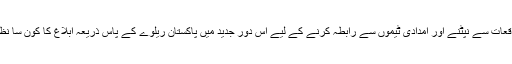
اس قسم کے واقعات سے نپٹنے اور امدادی ٹیموں سے رابطہ کرنے کے لیے اس دور جدید میں پاکستان ریلوے کے پاس ذریعہ ابلاغ کا کون سا نظام موجود ہے؟